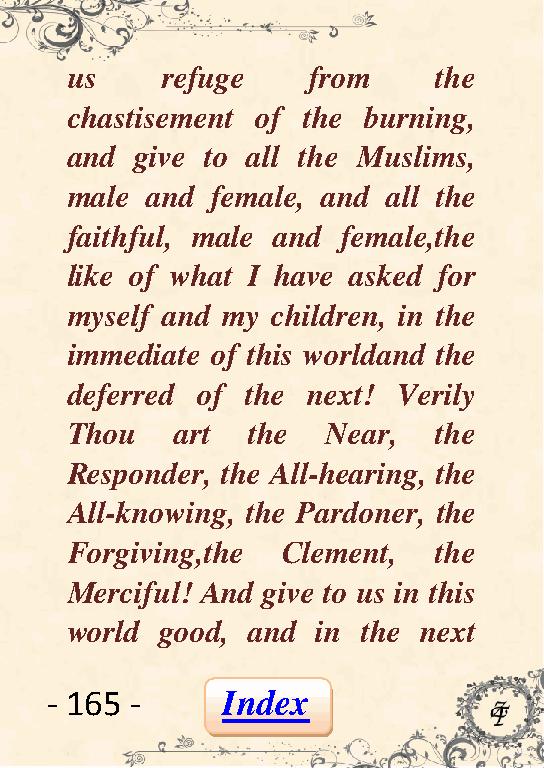
us     refuge   from     the
 chastisement of the burning,
 and  give to all the Muslims,
 male  and female, and all the
 faithful, male and female,the
 like of what I have asked for
 myself and my children, in the
 immediate of this worldand the
 deferred of the next! Verily
 Thou    art the   Near,  the
 Responder, the All-hearing, the
 All-knowing, the Pardoner, the
 Forgiving,the  Clement,  the
 Merciful! And give to us in this
 world  good, and in the next
 - 165 -     Index